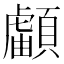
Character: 𩔺